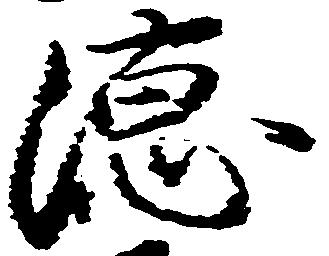
徳